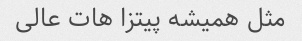
مثل همیشه پیتزا هات عالی